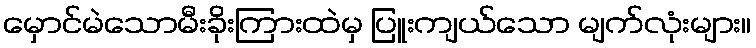
မှောင်မဲသောမီးခိုးကြားထဲမှ ပြူးကျယ်သော မျက်လုံးများ။